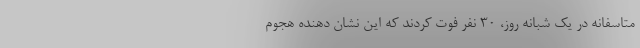
متاسفانه در یک شبانه روز، ۳۰ نفر فوت کردند که این نشان دهنده هجوم